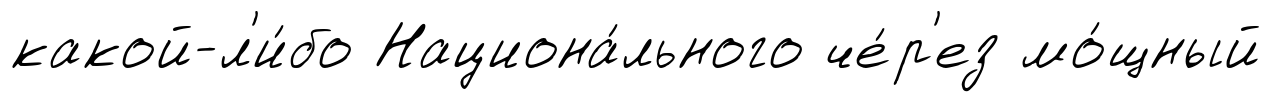
какой-л'и́бо Национа́льного че́р'ез мо́щный